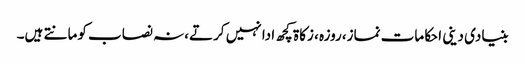
بنیادی دینی احکامات نماز،روزہ ، زکاۃ کچھ ادا نہیں کرتے،نہ نصاب کومانتے ہیں۔